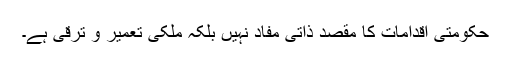
حکومتی اقدامات کا مقصد ذاتی مفاد نہیں بلکہ ملکی تعمیر و ترقی ہے۔